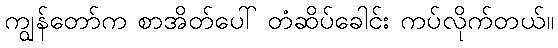
ကျွန်တော်က စာအိတ်ပေါ် တံဆိပ်ခေါင်း ကပ်လိုက်တယ်။